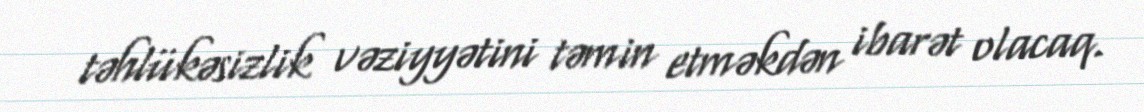
təhlükəsizlik vəziyyətini təmin etməkdən ibarət olacaq.